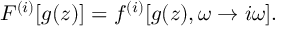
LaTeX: F ^ { ( i ) } [ g ( z ) ] = f ^ { ( i ) } [ g ( z ) , \omega \rightarrow i \omega ] .